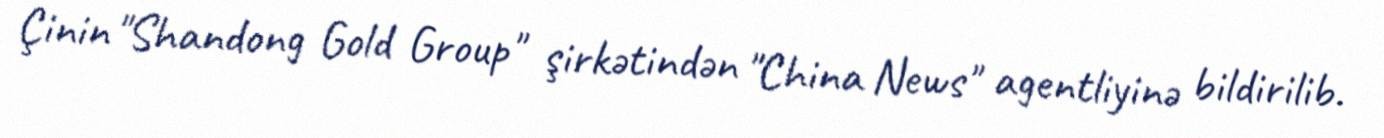
Çinin "Shandong Gold Group" şirkətindən "China News" agentliyinə bildirilib.